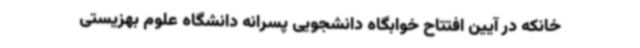
خانکه در آیین افتتاح خوابگاه دانشجویی پسرانه دانشگاه علوم بهزیستی